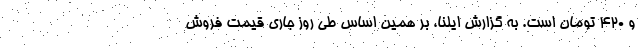
و ۴۲۰ تومان است. به گزارش ایلنا، بر همین‌ اساس طی روز جاری قیمت فروش